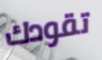
تقودك